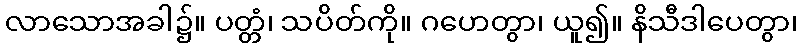
လာသောအခါ၌။ ပတ္တံ၊ သပိတ်ကို။ ဂဟေတွာ၊ ယူ၍။ နိသီဒါပေတွာ၊